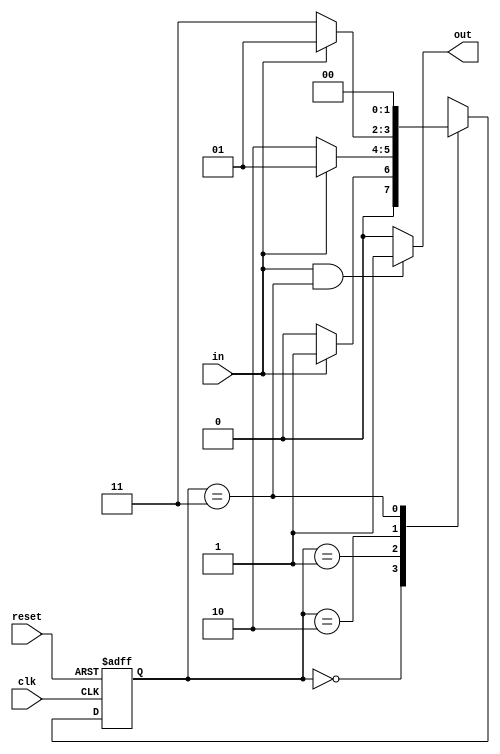
module sd_mealy (out, in, clk, reset);
    output  reg out;
    input       in, clk, reset;

    parameter S0 = 2'b00;
    parameter S1 = 2'b01;
    parameter S2 = 2'b10;
    parameter S3 = 2'b11;

    reg [1:0] state;
    reg [1:0] next;

    always @(*) begin
        next = S0;
        if (in || !in) begin    // To avoid `x` and `z`
            case (state)
                S0: if (!in)
                        next = S0;
                    else
                        next = S1;
                S1: if (!in)
                        next = S2;
                    else
                        next = S1;
                S2: if (!in)
                        next = S3;
                    else
                        next = S1;
                S3: next = S0;
            endcase
        end
    end

    always @(posedge clk, posedge reset) begin
        if (reset) 
            state <= S0;
        else 
            state <= next;
    end

    always @(*) begin
        if (in && state == S3)
            out = 1;
        else
            out = 0;
    end
endmodule